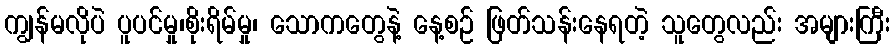
ကျွန်မလိုပဲ ပူပင်မှု၊စိုးရိမ်မှု၊ သောကတွေနဲ့ နေ့စဉ် ဖြတ်သန်းနေရတဲ့ သူတွေလည်း အများကြီး